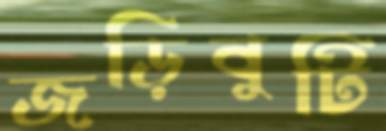
জড়িবুটি